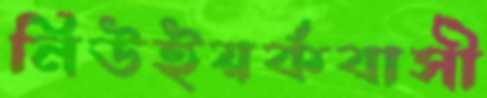
নিউইয়র্কবাসী